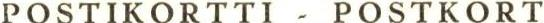
POSTIKORTTI - POSTKORT